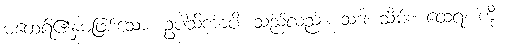
မထေရ်၏နှမဖြစ်သော။ ဥပါသိကာပိ၊ သည်လည်း။ သဒါ၊ သိမ်း။ ထေရံ၊ ကို။